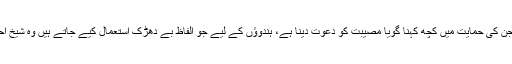
یہودیوں اور قادیانیوں کی تو بات ہی جانے دیجیے جن کی حمایت میں کچھ کہنا گویا مصیبت کو دعوت دینا ہے، ہندوؤں کے لیے جو الفاظ بے دھڑک استعمال کیے جاتے ہیں وہ شیخ احمد سرہندی کے الفاظ کی بازگشت معلوم ہوتے ہیں۔